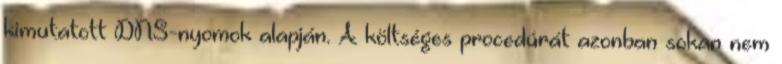
kimutatott DNS-nyomok alapján. A költséges procedúrát azonban sokan nem